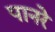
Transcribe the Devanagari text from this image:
पानरे